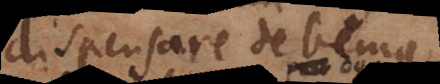
dispensare debemus,